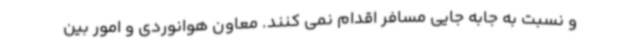
و نسبت به جابه جایی مسافر اقدام نمی کنند. معاون هوانوردی و امور بین